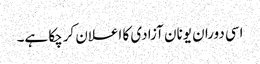
اسی دوران یونان آزادی کا اعلان کرچکا ہے۔